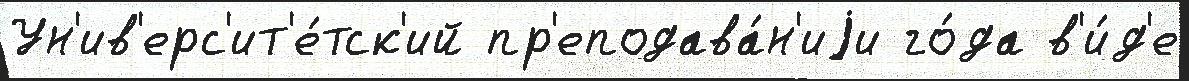
Ун'ив'ерс'ит'е́тск'ий пр'еподава́н'иjи го́да в'и́д'е